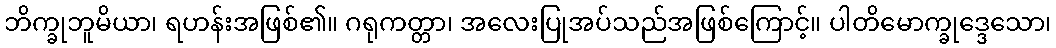
ဘိက္ခုဘူမိယာ၊ ရဟန်းအဖြစ်၏။ ဂရုကတ္တာ၊ အလေးပြုအပ်သည်အဖြစ်ကြောင့်။ ပါတိမောက္ခုဒ္ဒေသော၊